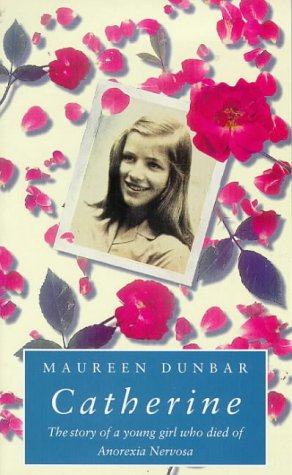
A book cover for Catherine: Story of a Young Girl Who Died of Anorexia (Puffin Teenage); Maureen Dunbar; Health, Fitness & Dieting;